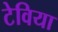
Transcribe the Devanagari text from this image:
टेविया